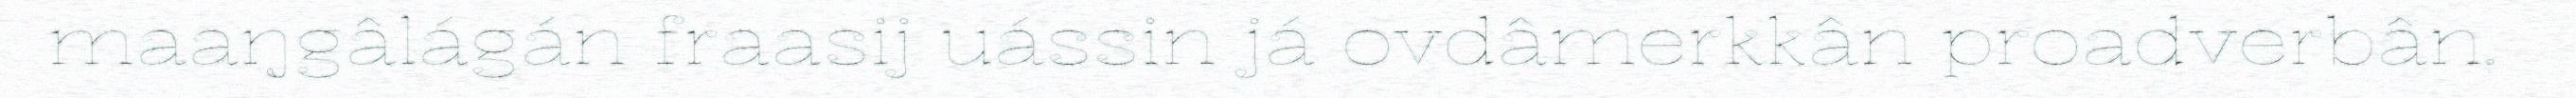
maaŋgâlágán fraasij uássin já ovdâmerkkân proadverbân.